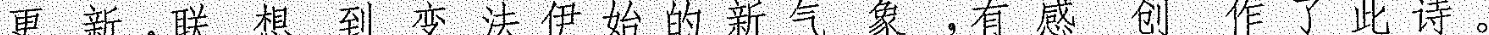
更新，联想到变法伊始的新气象，有感创作了此诗。